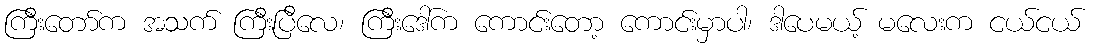
ကြီးတော်က အသက် ကြီးပြီလေ၊ ကြီးဒေါ်က ကောင်းတော့ ကောင်းမှာပါ၊ ဒါပေမယ့် မလေးက ငယ်ငယ်